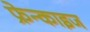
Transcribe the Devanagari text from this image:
फ्रेन्‍काइज